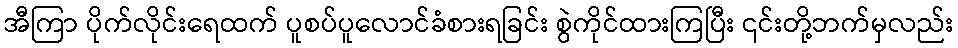
အီကြာ ပိုက်လိုင်းရေထက် ပူစပ်ပူလောင်ခံစားရခြင်း စွဲကိုင်ထားကြပြီး ၎င်းတို့ဘက်မှလည်း